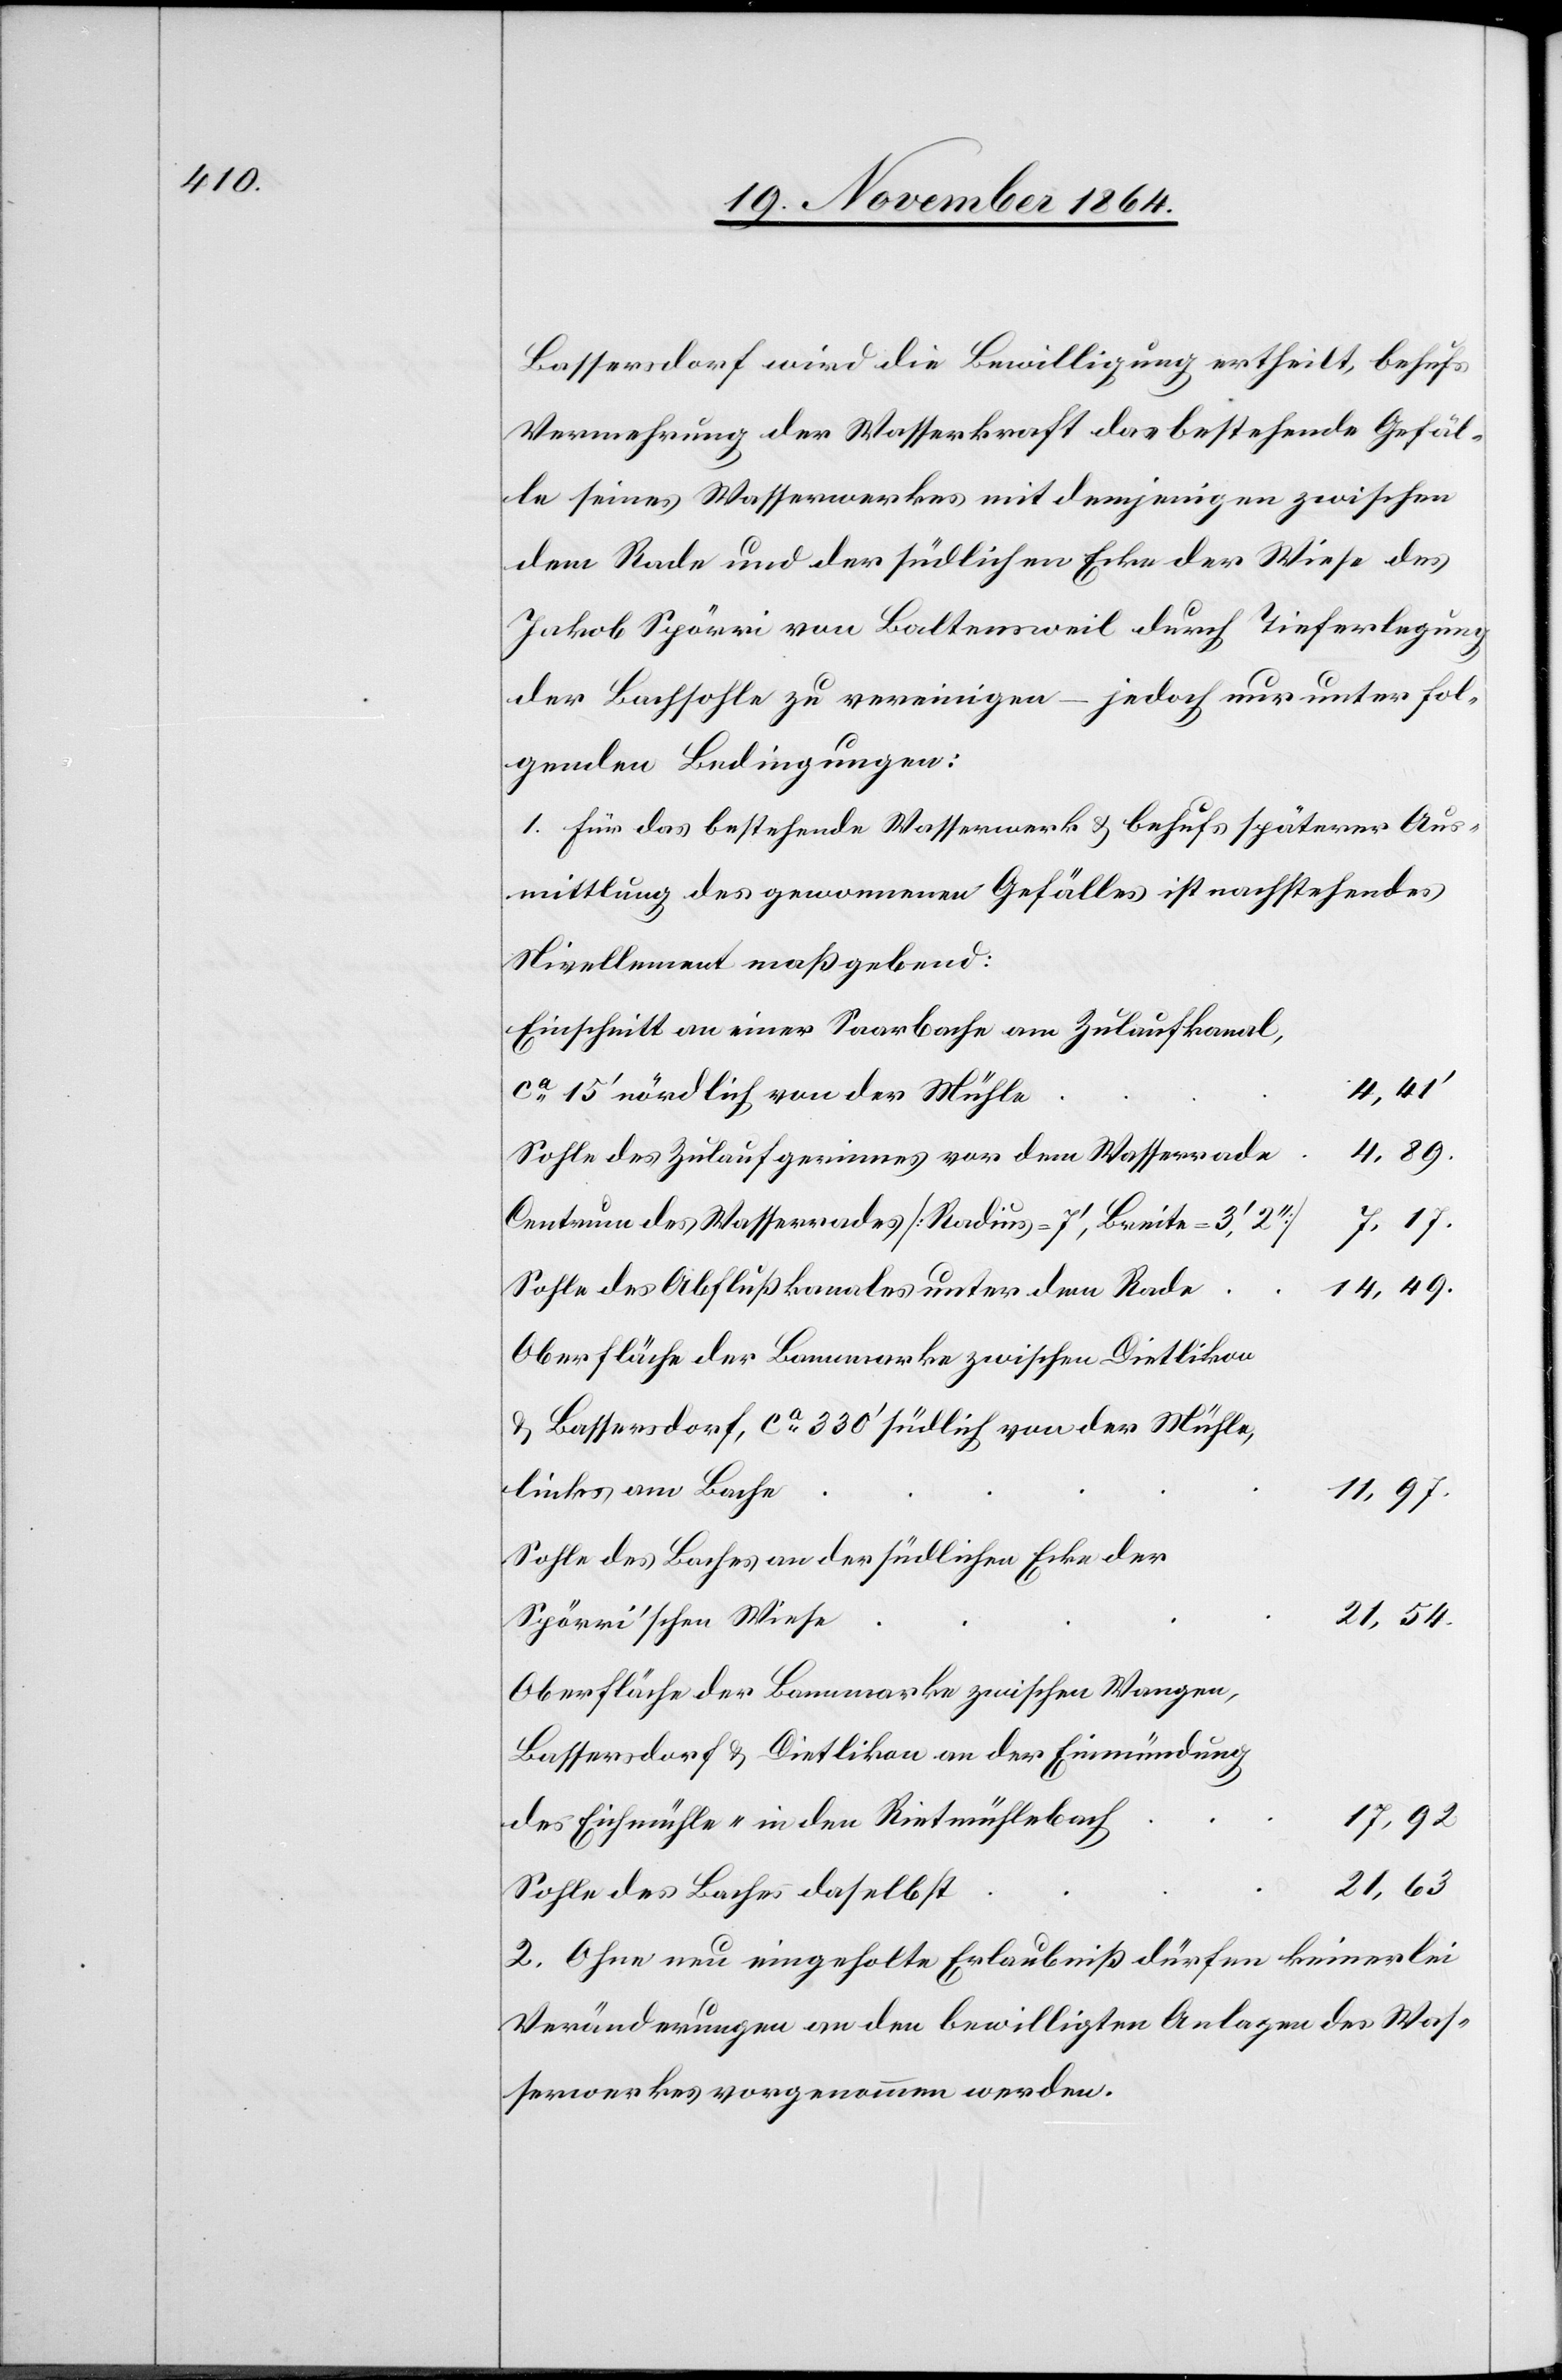
4,89.

Bassersdorf wird die Bewilligung ertheilt, behufs
Vermehrung der Wasserkraft das bestehende Gefäl¬
le seines Wasserwerkes mit demjenigen zwischen
dem Rade und der südlichen Ecke der Wiese des
Jakob Spörri von Baltensweil durch Tieferlegung
der Bachsohle zu vereinigen – jedoch nur unter fol¬
genden Bedingungen:
1. Für das bestehende Wasserwerk & behufs späterer Aus¬
mittlung des gewonnenen Gefälles ist nachstehendes
Nivellement maßgebend:
Einschnitt an einer Saarbache am Zuflaufkanal
4,41’
ca 15’ nördlich von der Mühle
Sohle des Zulaufgerinnes vor dem Wasserrade
Centrum des Wasserrades [Radius = 7’, Breite = 3’
7,17.
Sohle des Abflußkanales unter dem Rade
Oberfläche der Bannmarke zwischen Dietlikon
& Bassersdorf, ca 330’ südlich von der Mühle,
links am Bache
11,97.
Sohle des Baches an der südlichen Ecke der
21,54.
Spörri’schen Wiese
Oberfläche des Bannmarke zwischen Wangen,
Bassersdorf & Dietlikon an der Einmündung
17,92
des Eichmühle- in den Rietmühlebach
Sohle des Baches daselbst
2. Ohne neu eingeholte Erlaubniß dürfen keinerlei
Veränderungen an den bewilligten Anlagen des Was¬
serwerkes vorgenommen werden.